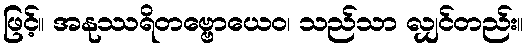
ဖြင့်။ အနုဿရိတဗ္ဗောယေဝ၊ သည်သာ လျှင်တည်း။